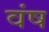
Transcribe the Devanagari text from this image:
वंष